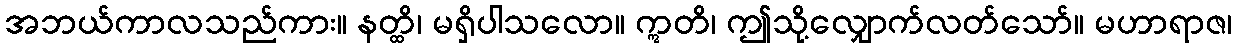
အဘယ်ကာလသည်ကား။ နတ္ထိ၊ မရှိပါသလော။ ဣတိ၊ ဤသို့လျှောက်လတ်သော်။ မဟာရာဇ၊